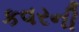
કવરની